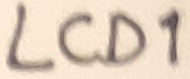
Text: LCD1